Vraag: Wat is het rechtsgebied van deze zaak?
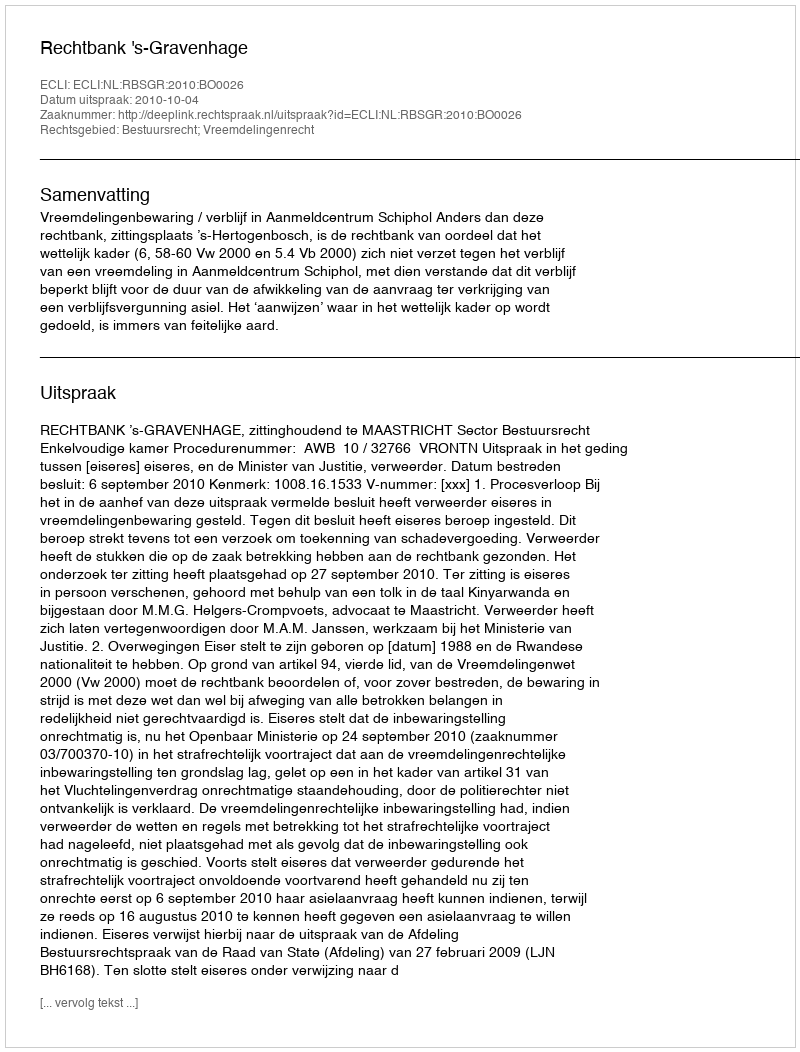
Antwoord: Bestuursrecht; Vreemdelingenrecht